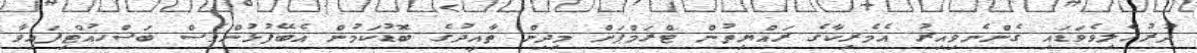
ދުރުހެލިވެވަޑައި ގެންނެވިއިރު އެމެރިކާގެ ރައްޔިތުން ޓްރަމްޕަށް މިދިން ތާއީދުގެ ބޮޑުކަމުން އެބޭފުޅުންވެސް ބަސްހުއްޓިފައިވާ